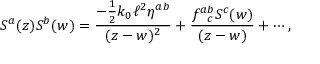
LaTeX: S ^ { a } ( z ) S ^ { b } ( w ) = \frac { - \frac { 1 } { 2 } k _ { 0 } \ell ^ { 2 } \eta ^ { a b } } { ( z - w ) ^ { 2 } } + \frac { f _ { ~ ~ c } ^ { a b } S ^ { c } ( w ) } { ( z - w ) } + \cdots ,